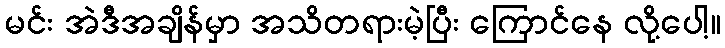
မင်း အဲဒီအချိန်မှာ အသိတရားမဲ့ပြီး ကြောင်နေ လို့ပေါ့။